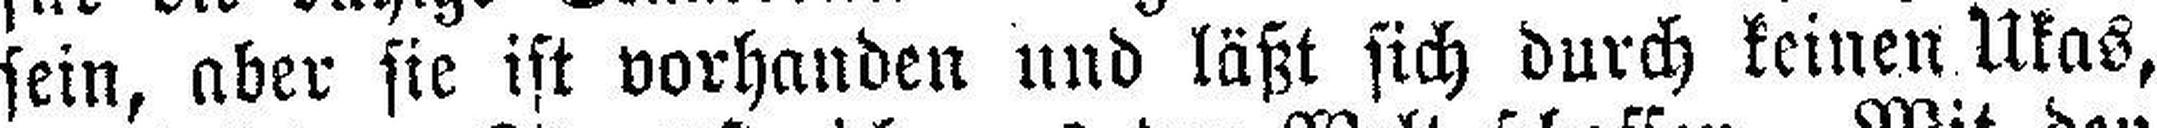
sein, aber sie ist vorhanden und läßt sich durch keinen Ukas,